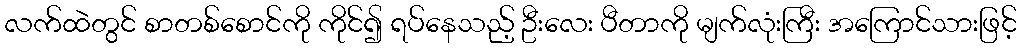
လက်ထဲတွင် စာတစ်စောင်ကို ကိုင်၍ ရပ်နေသည့် ဦးလေး ပီတာကို မျက်လုံးကြီး အကြောင်သားဖြင့်